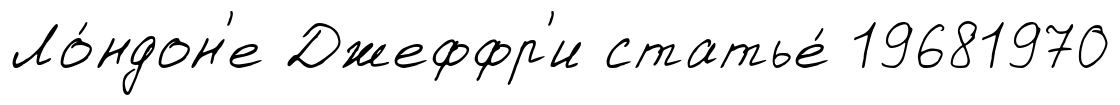
Ло́ндон'е Джеффр'и статье́ 19681970